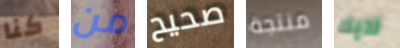
كنا من صحيح منتجة لديك